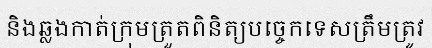
និងឆ្លងកាត់ក្រុមត្រួតពិនិត្យបច្ចេកទេសត្រឹមត្រូវ